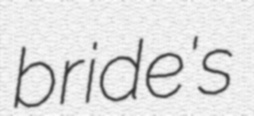
bride's